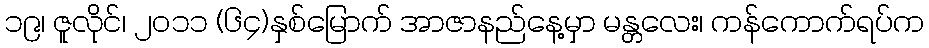
၁၉၊ ဇူလိုင်၊ ၂၀၁၁ (၆၄)နှစ်မြောက် အာဇာနည်နေ့မှာ မန္တလေး၊ ကန်ကောက်ရပ်က